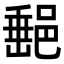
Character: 𨜲